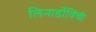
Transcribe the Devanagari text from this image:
लिनार्डोविंची